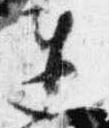
遅